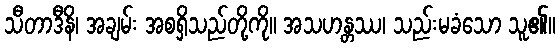
သီတာဒီနိ၊ အချမ်း အစရှိသည်တို့ကို။ အသဟန္တဿ၊ သည်းမခံသော သူ၏။